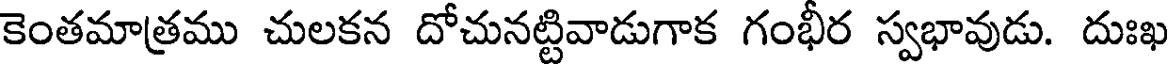
కెంతమాత్రము చులకన దోచునట్టివాడుగాక గంభీర స్వభావుడు. దుఃఖ